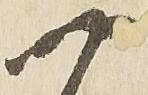
一